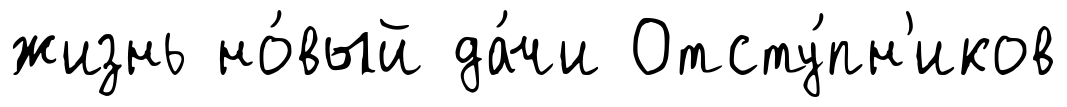
жизнь но́вый да́чи Отсту́пн'иков